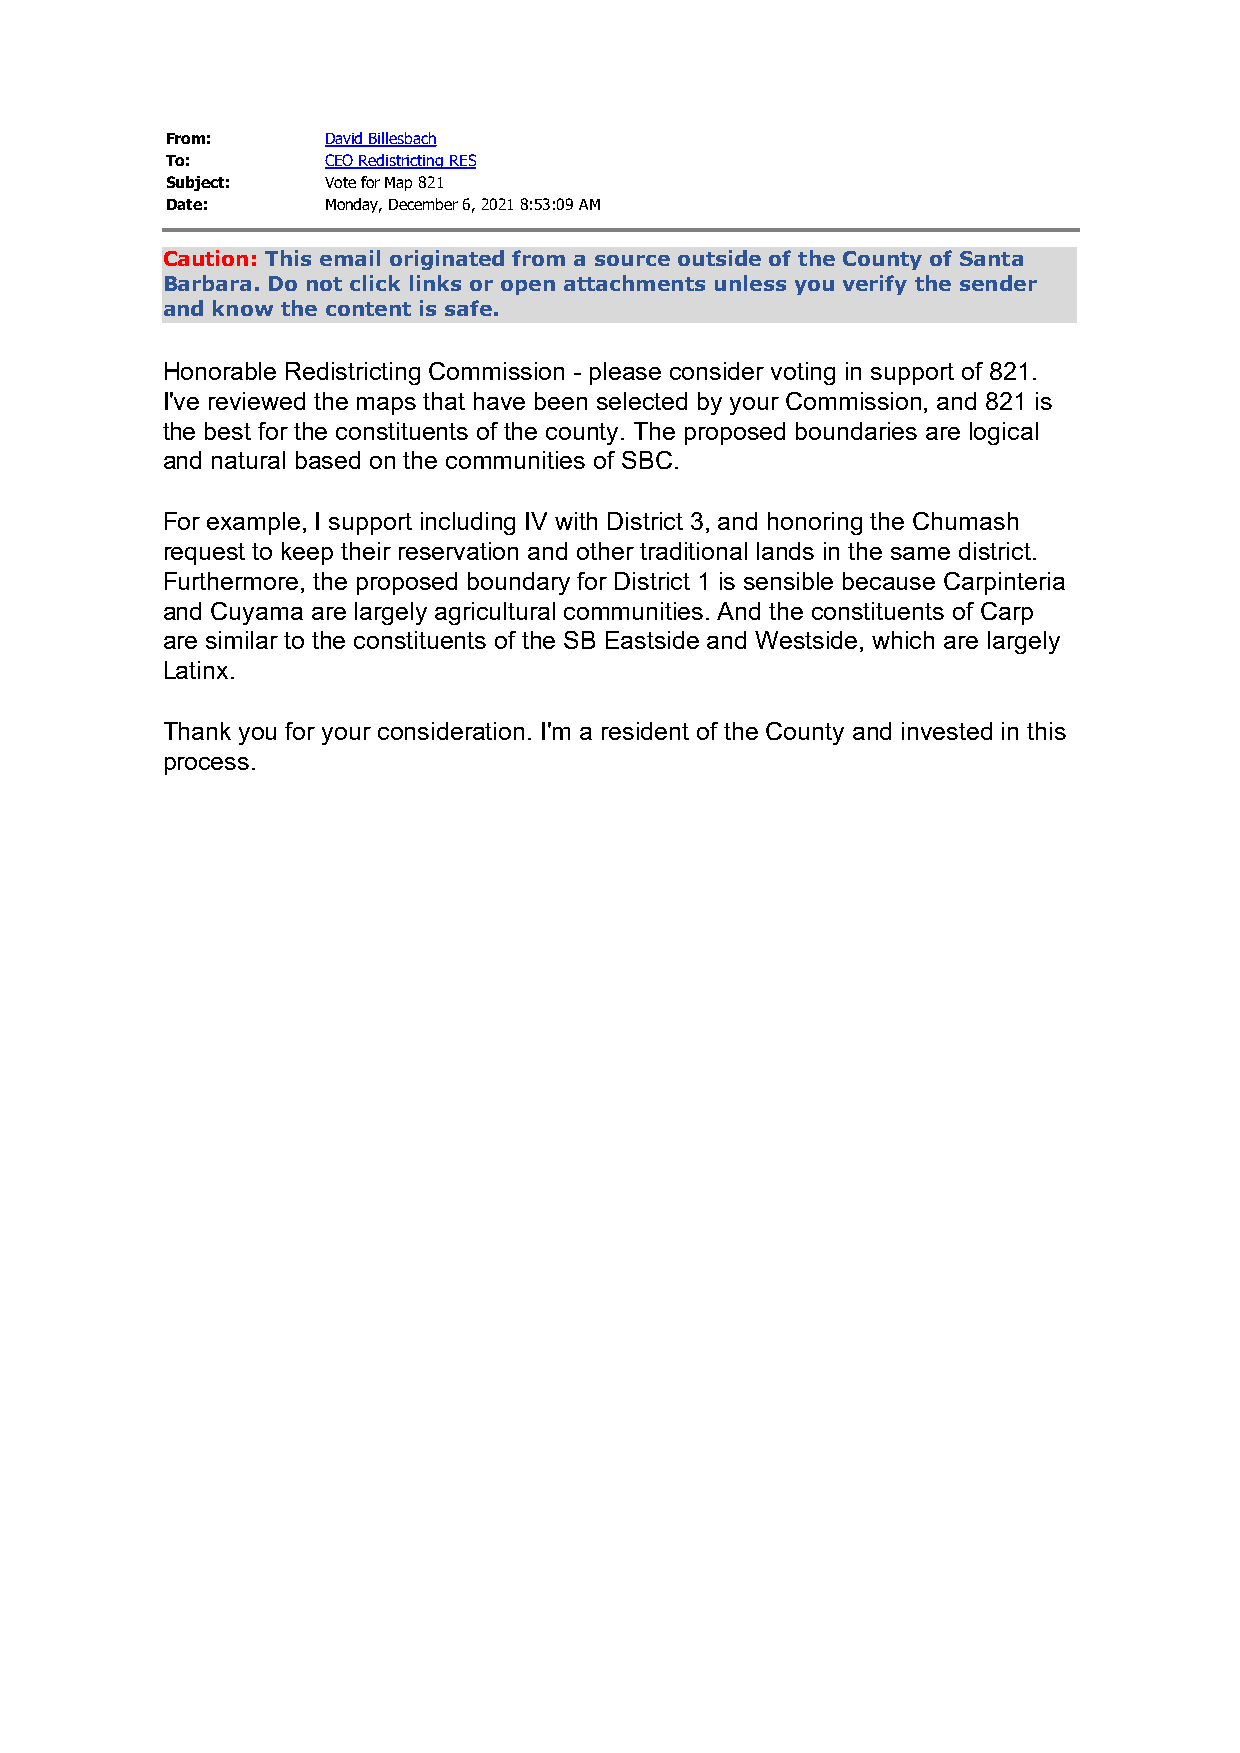
From:      David Billesbach
 To:        CEO Redistricting RES
 Subject:   Vote for Map 821
 Date:      Monday, December 6, 2021 8:53:09 AM
 Caution: This email originated from a source outside of the County of Santa
 Barbara. Do not click links or open attachments unless you verify the sender
 and know the content is safe.
 Honorable Redistricting Commission - please consider voting in support of 821.
 I've reviewed the maps that have been selected by your Commission, and 821 is
 the best for the constituents of the county. The proposed boundaries are logical
 and natural based on the communities of SBC.
 For example, I support including IV with District 3, and honoring the Chumash
 request to keep their reservation and other traditional lands in the same district.
 Furthermore, the proposed boundary for District 1 is sensible because Carpinteria
 and Cuyama are largely agricultural communities. And the constituents of Carp
 are similar to the constituents of the SB Eastside and Westside, which are largely
 Latinx.
 Thank you for your consideration. I'm a resident of the County and invested in this
 process.